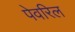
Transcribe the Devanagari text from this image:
पेवरिल